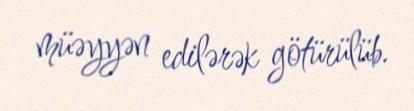
müəyyən edilərək götürülüb.